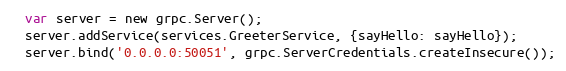
Language: JavaScript
  var server = new grpc.Server();
  server.addService(services.GreeterService, {sayHello: sayHello});
  server.bind('0.0.0.0:50051', grpc.ServerCredentials.createInsecure());